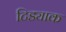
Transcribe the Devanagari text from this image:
टिड्याक